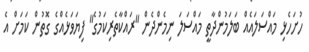
ހުށަހެޅި މައްސަލައެއް ބަލަމުންދާތީ މައްސަލަ ނިމެންދެން "ރައްކާތެރިކަމުގެ" ފިޔަވަޅެއްގެ ގޮތުން ކަމަށް އެ